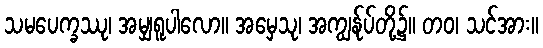
သမပေက္ခဿု၊ အမျှရူပါလော။ အမှေသု၊ အကျွန်ုပ်တို့၌။ တဝ၊ သင်အား။